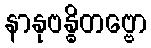
နာနုဗန္ဓိတဗ္ဗော